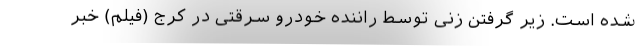
شده است. زیر گرفتن زنی توسط راننده خودرو سرقتی در کرج (فیلم) خبر